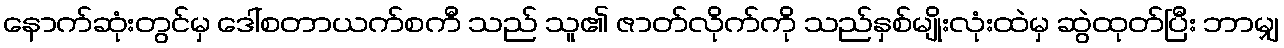
နောက်ဆုံးတွင်မှ ဒေါ်စတာယက်စကီ သည် သူ၏ ဇာတ်လိုက်ကို သည်နှစ်မျိုးလုံးထဲမှ ဆွဲထုတ်ပြီး ဘာမျှ